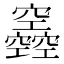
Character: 𥩌